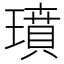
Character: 𤩳